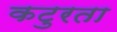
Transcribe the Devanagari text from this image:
कटुरता